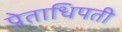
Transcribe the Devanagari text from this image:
प्रेताधिपती